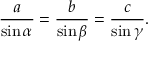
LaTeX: { \frac { a } { \sin \alpha } } = { \frac { b } { \sin \beta } } = { \frac { c } { \sin \gamma } } .